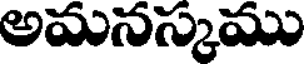
అమనస్కము